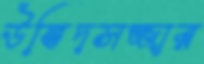
উদ্ভিদসজ্জার